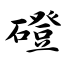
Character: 磴